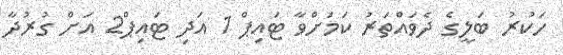
ހަކުރު ބަލީގެ ދެވައްތަރު ކަމަށްވާ ޓައިޕް 1 އަދި ޓައިޕް2 އަށް ގުރުދާ